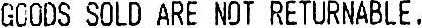
GOODS SOLD ARE NOT RETURNABLE.